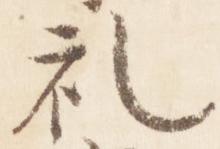
礼